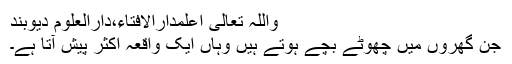
واللہ تعالیٰ اعلمدارالافتاء،دارالعلوم دیوبند
جن گھروں میں چھوٹے بچے ہوتے ہیں وہاں ایک واقعہ اکثر پیش آتا ہے۔